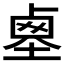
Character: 𡎱